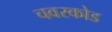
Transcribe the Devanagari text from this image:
चवरकोड